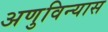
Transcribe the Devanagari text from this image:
अणुविन्यास